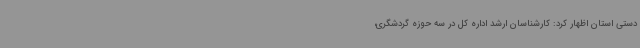
دستی استان اظهار کرد: کارشناسان ارشد اداره کل در سه حوزه گردشگری،